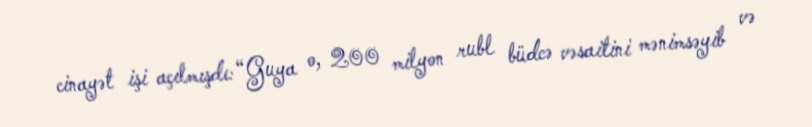
cinayət işi açılmışdı: “Guya o, 200 milyon rubl büdcə vəsaitini mənimsəyib və